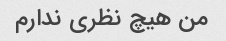
من هیچ نظری ندارم